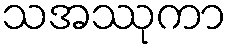
သအဿုကာ